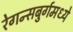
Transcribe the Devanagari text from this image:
रेगन्सबुर्गमध्ये